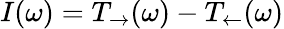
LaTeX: I(\omega)=T_{\rightarrow}(\omega)-T_{\leftarrow}(\omega)